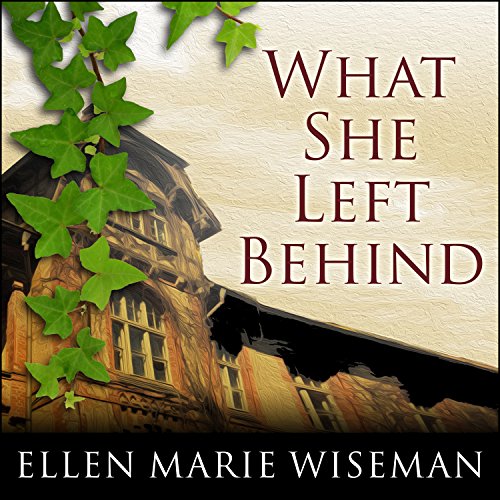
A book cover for What She Left Behind; Ellen Marie Wiseman; Literature & Fiction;